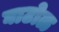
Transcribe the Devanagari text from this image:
घाटोळ